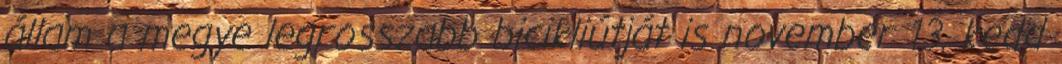
állam a megye legrosszabb bicikliútját is november 13. kedd